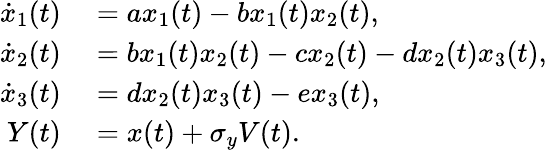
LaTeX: \begin{array}{rl}{\dot{x}_{1}(t)}&{{}=ax_{1}(t)-bx_{1}(t)x_{2}(t),}\\ {\dot{x}_{2}(t)}&{{}=bx_{1}(t)x_{2}(t)-cx_{2}(t)-dx_{2}(t)x_{3}(t),}\\ {\dot{x}_{3}(t)}&{{}=dx_{2}(t)x_{3}(t)-ex_{3}(t),}\\ {Y(t)}&{{}=x(t)+\sigma_{y}V(t).}\end{array}